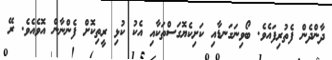
ދާންދެން ފެތުރިފައެވެ. ބޯވިނަގަނޑާއި ކަށިކެޔޮގަސްތަކާއި އެކު ކުޅި ރީތިކޮށް ފެންނާން އޮވެއެވެ. ރޭ